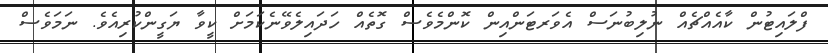
ފްލައިޓުން ކާއެއްޗެއް ނުލިބުނަސް އެވަރޓަންއިން ކޮންމެވެސް ގޮތެއް ހަދައިލެވޭނެކަމަށް ކީވާ ޔަގީންކުރިއެވެ. ނަމަވެސް